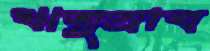
ঋতুস্রাব